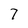
Character: 7